Note on the mental hospitals in Burma - 1925-1940
Year: 1925
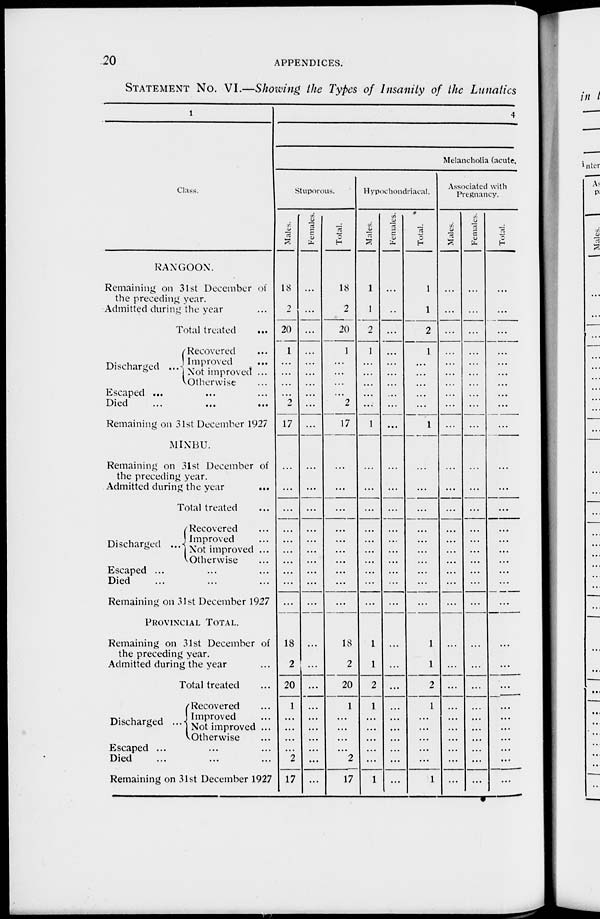
20
APPENDICES.
STATEMENT NO. VI.—Showing the Types of Insanity of the Lunatics
1
Class.
RANGOON.
Remaining on 31st December of
the preceding year.
Admitted during the year ...
Total treated
...
Discharged ...
Recovered ...
Improved ...
Not improved ...
Otherwise ...
Escaped ... ... ...
Died
...
...
...
Remaining on 31st December 1927
MINBU.
Remaining on 31st December of
the preceding year.
Admitted during the year
...
Total treated ...
Discharged ...
Recovered ...
Improved ...
Not improved ...
Otherwise ...
Escaped ... ... ...
Died ... ... ...
Remaining on 31st December 1927
PROVINCIAL TOTAL.
Remaining on 31st December of
the preceding year.
Admitted during the year ...
Total treated ...
Discharged ...
Recovered ...
Improved ...
Not improved ...
Otherwise ...
Escaped ... ... ...
Died ... ... ...
Remaining on 31st December 1927
4
Melancholia (acute.
Stuporous.
Males.
18
2
20
1
...
...
...
...
2
17
...
...
...
...
...
...
...
...
...
...
18
2
20
1
...
...
...
...
2
17
Females.
...
...
...
...
...
...
...
...
...
...
...
...
...
...
...
...
...
...
...
...
...
...
...
...
...
...
...
...
...
...
Total.
18
2
20
1
...
...
...
...
2
17
...
...
...
...
...
...
...
...
...
...
18
2
20
1
...
...
...
...
2
17
Hypochondriacal.
Males.
1
1
2
1
...
...
...
...
...
1
...
...
...
...
...
...
...
...
...
...
1
1
2
1
...
...
...
...
...
1
Females.
...
...
...
...
...
...
...
...
...
...
...
...
...
...
...
...
...
...
...
...
...
...
...
...
...
...
...
...
...
...
Total.
1
1
2
1
...
...
...
...
...
1
...
...
...
...
...
...
...
...
...
...
1
1
2
1
...
...
...
...
...
1
Associated with
Pregnancy.
Males.
...
...
...
...
...
...
...
...
...
...
...
...
...
...
...
...
...
...
...
...
...
...
...
...
...
...
...
...
...
Females.
...
...
...
...
...
...
...
...
...
...
...
...
...
...
...
...
...
...
...
...
...
...
...
...
...
...
...
...
...
...
Total.
...
...
...
...
...
...
...
...
...
...
...
...
...
...
...
...
...
...
...
...
...
...
...
...
...
...
...
...
...
...